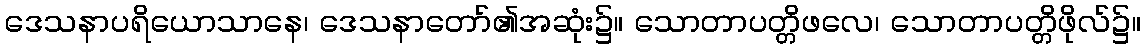
ဒေသနာပရိယောသာနေ၊ ဒေသနာတော်၏အဆုံး၌။ သောတာပတ္တိဖလေ၊ သောတာပတ္တိဖိုလ်၌။